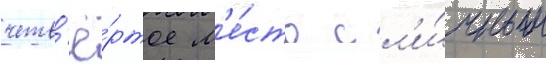
четв'ё́ртое м'е́сто с л'и́чным